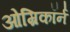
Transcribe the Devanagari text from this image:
ओम्रिकॉर्न